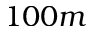
1 0 0 m